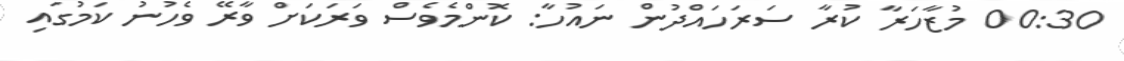
00:30 މުޒާހަރާ ކުރާ ސަރަހައްދުން ނައުހާ: ކޮންމެވެސް ވަރަކަށް ވާރޭ ވެހުނު ކަމުގައި